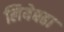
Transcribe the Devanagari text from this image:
लियेबढा